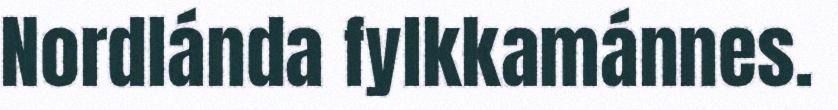
Nordlánda fylkkamánnes.